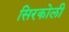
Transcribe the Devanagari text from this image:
सिरकोली